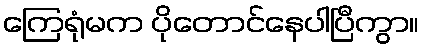
ကြေရုံမက ပိုတောင်နေပါပြီကွာ။